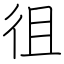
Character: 徂